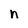
Character: n